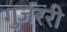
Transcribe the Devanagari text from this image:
गुर्जररी